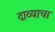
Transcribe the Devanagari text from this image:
दाव्याचा